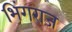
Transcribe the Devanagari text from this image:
भिंगराज